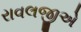
રાવલજીએ